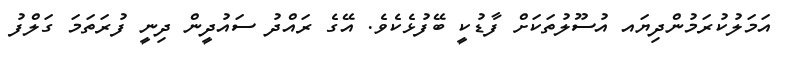
އަމަލުކުރަމުންދިޔައ އުސޫލުތަކަށް ފާޑުކީ ބޭފުޅެކެވެ. އޭގެ ރައްދު ސައުދީން ދިނީ ފުރަތަމަ ގަލްފު